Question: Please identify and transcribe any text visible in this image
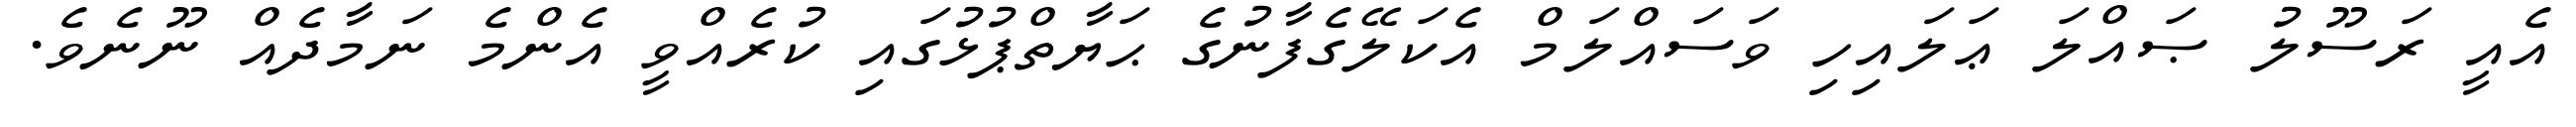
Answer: އެއީ ރަސޫލު ޞައްލަ ޢަލައިހި ވަސައްލަމް އެކަލޭގެފާނުގެ ޙަޔާތްޕުޅުގައި ކުރެއްވީ އެންމެ ނަމާދެއް ނޫނެވެ.